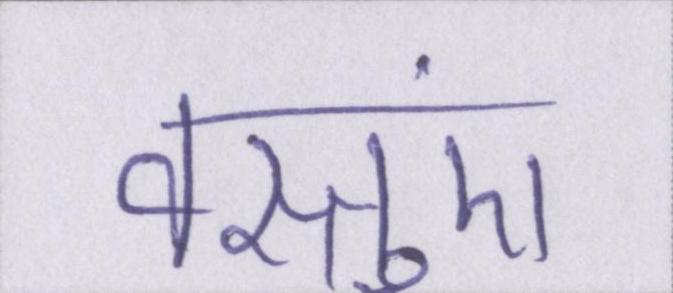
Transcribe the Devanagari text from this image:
वस्तुएं